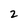
Character: 2